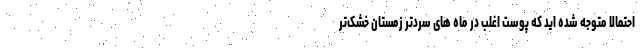
احتمالا متوجه شده اید که پوست اغلب در ماه های سردتر زمستان خشک‌تر